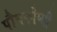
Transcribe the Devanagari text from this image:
पौघकीप्सी